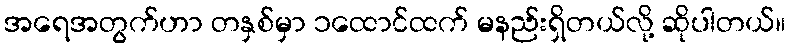
အရေအတွက်ဟာ တနှစ်မှာ ၁ထောင်ထက် မနည်းရှိတယ်လို့ ဆိုပါတယ်။